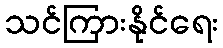
သင်ကြားနိုင်ရေး